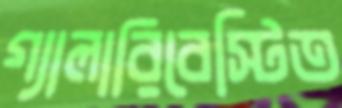
গ্যালারিবেস্টিত